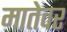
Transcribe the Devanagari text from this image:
मातेवर